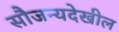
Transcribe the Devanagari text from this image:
सौजन्यदेखील